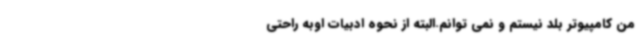
من کامپیوتر بلد نیستم و نمی توانم.البته از نحوه ادبیات اوبه راحتی